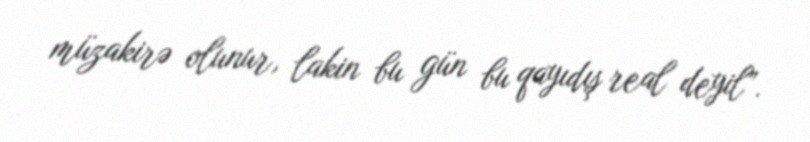
müzakirə olunur, lakin bu gün bu qayıdış real deyil”.